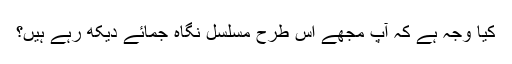
کیا وجہ ہے کہ آپ مجھے اس طرح مسلسل نگاہ جمائے دیکھ رہے ہیں؟